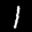
Label: 1